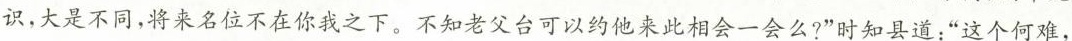
识，大是不同，将来名位不在你我之下。不知老父台可以约他来此相会一会么?”时知县道：”这个何难，